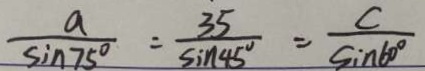
\frac { a } { \sin 7 5 ^ { \circ } } = \frac { 3 5 } { \sin 4 5 ^ { \circ } } = \frac { c } { \sin 6 0 ^ { \circ } }